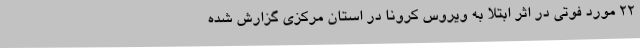
22 مورد فوتی در اثر ابتلا به ویروس کرونا در استان مرکزی گزارش شده